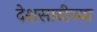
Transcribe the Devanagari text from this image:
देशसाठीच्या